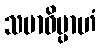
သမာဓိမ္ပာဟံ